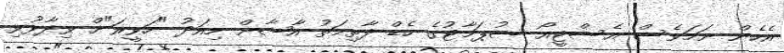
އެހެން ނަމަވެސް އެސްޓީއޯ ސުޕަމާޓުގެ ހެޑް ފާތިމަތު އާޝާން މިއަދު "ހަވީރަ"ށް ވިދާޅުވި